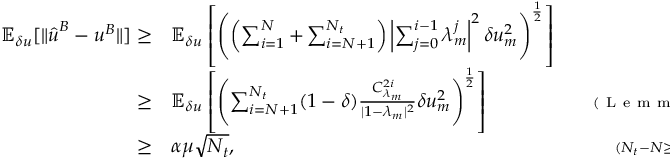
\begin{array} { r l r } { \mathbb { E } _ { \delta u } [ \| \hat { \boldsymbol { u } } ^ { B } - \boldsymbol { u } ^ { B } \| ] \ge } & { { } \mathbb { E } _ { \delta u } \left[ \left( \left( \sum _ { i = 1 } ^ { N } + \sum _ { i = N + 1 } ^ { N _ { t } } \right) \left| \sum _ { j = 0 } ^ { i - 1 } \lambda _ { m } ^ { j } \right| ^ { 2 } \delta u _ { m } ^ { 2 } \right) ^ { \frac { 1 } { 2 } } \right] } & { } \\ { \ge } & { { } \mathbb { E } _ { \delta u } \left[ \left( \sum _ { i = N + 1 } ^ { N _ { t } } ( 1 - \delta ) \frac { C _ { \lambda _ { m } } ^ { 2 i } } { | 1 - \lambda _ { m } | ^ { 2 } } \delta u _ { m } ^ { 2 } \right) ^ { \frac { 1 } { 2 } } \right] } & { \quad { \scriptstyle ( \mathrm { ~ L ~ e ~ m ~ m ~ a ~ ~ ~ } ) } } \\ { \ge } & { { } \alpha \mu \sqrt { N _ { t } } , } & { \quad { \scriptstyle ( N _ { t } - N \ge \frac { N _ { t } } { N + 1 } ) } } \end{array}